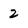
Character: 2